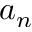
a _ { n }